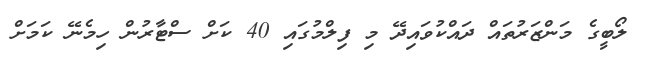
ލޯބީގެ މަންޒަރުތައް ދައްކުވައިދޭ މި ފިލްމުގައި 40 ކަށް ސްޓާރުން ހިމެނޭ ކަމަށް